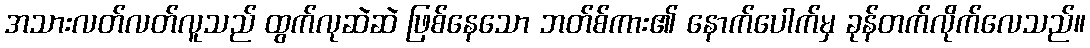
အသားလတ်လတ်လူသည် ထွက်လုဆဲဆဲ ဖြစ်နေသော ဘတ်စ်ကား၏ နောက်ပေါက်မှ ခုန်တက်လိုက်လေသည်။